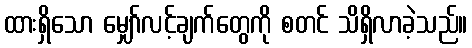
ထားရှိသော မျှော်လင့်ချက်တွေကို စတင် သိရှိလာခဲ့သည်။